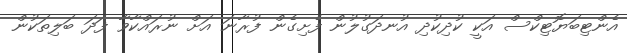
އެންޓިބަޔޮޓިކްސް އަކީ ކުދިކުދި އުނދަގުލުން ފެށިގެން ފުރާނަ އަށް ނުރައްކާވާ ފަދަ ބަލިތަކުން